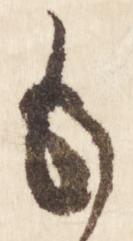
も